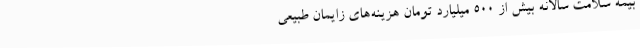
بیمه سلامت سالانه بیش از 500 میلیارد تومان هزینه‌های زایمان طبیعی